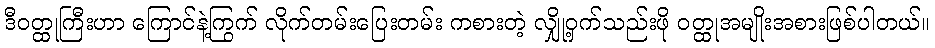
ဒီဝတ္ထုကြီးဟာ ကြောင်နဲ့ကြွက် လိုက်တမ်းပြေးတမ်း ကစားတဲ့ လျှို့ဝှက်သည်းဖို ဝတ္ထုအမျိုးအစားဖြစ်ပါတယ်။